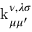
\operatorname { k } _ { \mu \mu ^ { \prime } } ^ { \nu , \lambda \sigma }